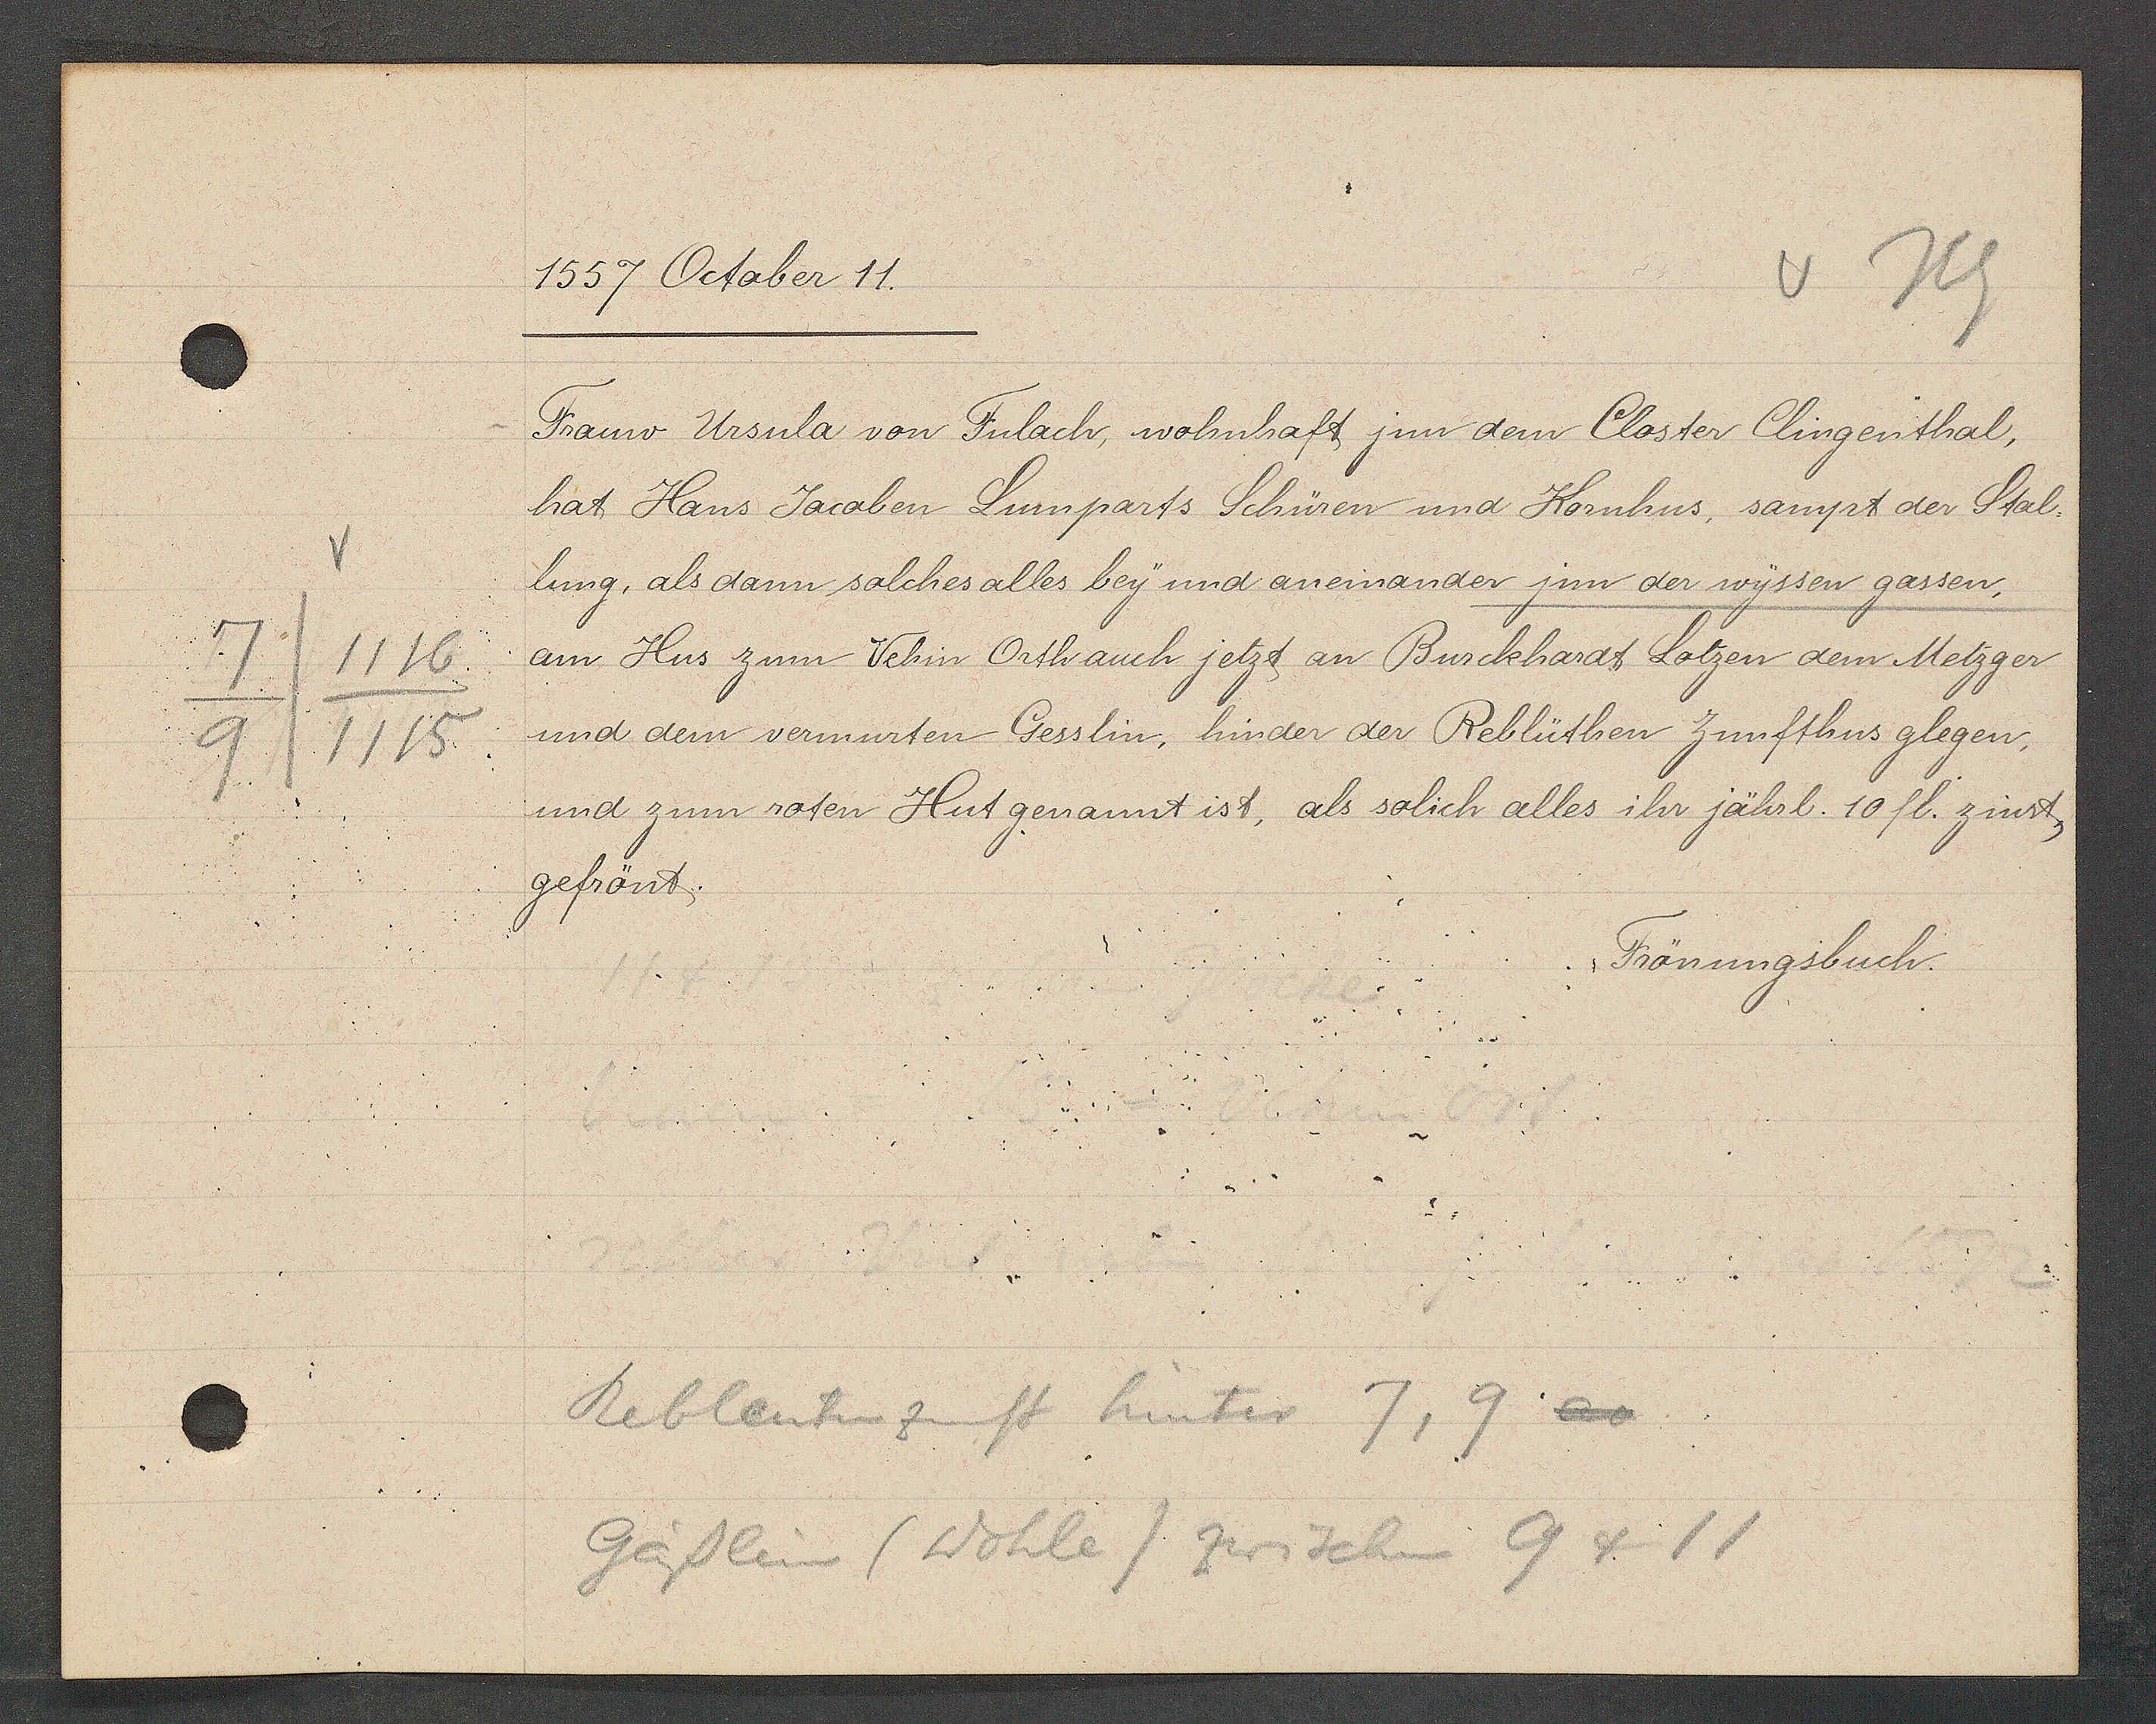
Transcript:
7/1116
9/1115

1557 October 11.
Frauw Ursula von Fulach, wohnhaft jnn dem Closter Clingenthal,
hat Hans Jacoben Lumparts Schüren und Kornhus, sampt der Stal.
lung, als dann solches alles bey und aneinander jnn der wyssen gassen,
am Hus zum Vehin Orth auch jetzt an Burckhardt Lotzen dem Metzger
und dem vermurten Gesslin, hinder der Reblüthen Zunfthus glegen,
und zum roten Hut genannt ist, als solich alles ihr jährl. 10 fl. zinst,
gefrönt.

Frönungsbuch.

Rebleutenzunft hinter 7, 9
Gässlein (Wohle) zwischen 9 + 11